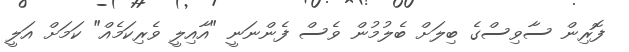
ފޮރިން ސާވިސްގެ ބިލަށް ބެލުމުން ވެސް ފެންނަނީ "އާއިލީ ވެރިކަމެއް" ކަމަށް އަލީ